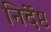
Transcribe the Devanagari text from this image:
निर्देष्ट